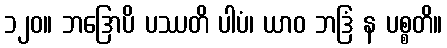
၁၂၀။ ဘဒြောပိ ပဿတိ ပါပံ၊ ယာဝ ဘဒြံ န ပစ္စတိ။